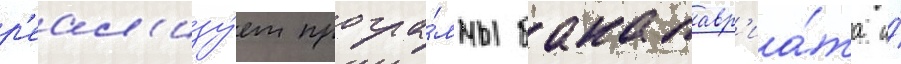
р'еал'изу́ет програ́ммы бакалавр'иа́та и́